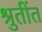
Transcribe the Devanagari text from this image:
श्रुतींत